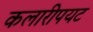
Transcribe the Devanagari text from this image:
कलारीपयट